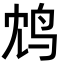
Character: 鸩